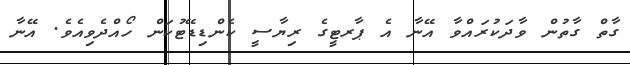
ގާތް ގާތުން ވާދަކުރައްވާ އޭނާ އެ ޕާރޓީގެ ރިޔާސީ ކެންޑިޑޭޓުކަން ހޯއްދެވިއެވެ. އޭނާ